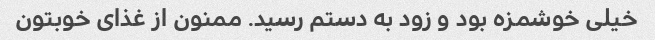
خیلی خوشمزه بود و زود به دستم رسید. ممنون از غذای خوبتون